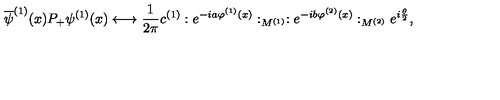
\overline { { \psi } } ^ { ( 1 ) } ( x ) P _ { + } \psi ^ { ( 1 ) } ( x ) \longleftrightarrow \frac { 1 } { 2 \pi } c ^ { ( 1 ) } : e ^ { - i a \varphi ^ { ( 1 ) } ( x ) } : _ { M ^ { ( 1 ) } } : e ^ { - i b \varphi ^ { ( 2 ) } ( x ) } : _ { M ^ { ( 2 ) } } e ^ { i \frac { \theta } { 2 } } ,